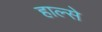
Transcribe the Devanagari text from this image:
हाल्से